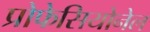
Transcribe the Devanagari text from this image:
प्रोफेसियोनेल